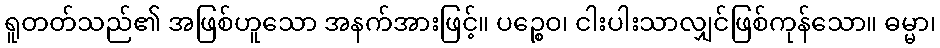
ရူတတ်သည်၏ အဖြစ်ဟူသော အနက်အားဖြင့်။ ပဉ္စေဝ၊ ငါးပါးသာလျှင်ဖြစ်ကုန်သော။ ဓမ္မာ၊